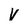
Character: V